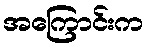
အကြောင်းက